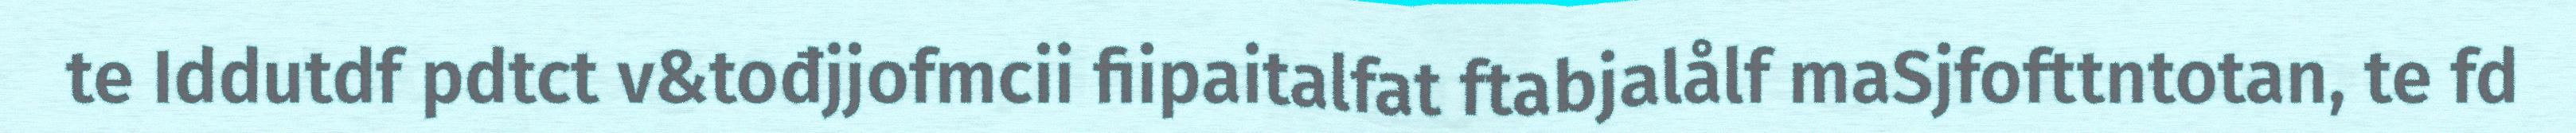
te Iddutdf pdtct v&tođjjofmcii fiipaitalfat ftabjalålf maSjfofttntotan, te fd